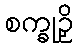
စက္ခုဉှိ